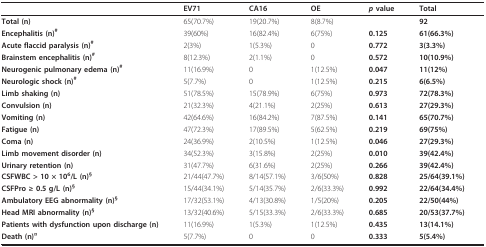
<table><thead><tr><td>[EMPTY_CELL]</td><td><b>EV71</b></td><td><b>CA16</b></td><td><b>OE</b></td><td><b><i>p </i>value</b></td><td><b>Total</b></td></tr></thead><tbody><tr><td><b>Total (n)</b></td><td>65(70.7%)</td><td>19(20.7%)</td><td>8(8.7%)</td><td>[EMPTY_CELL]</td><td><b>92</b></td></tr><tr><td><b>Encephalitis (n)<sup>#</sup></b></td><td>39(60%)</td><td>16(82.4%)</td><td>6(75%)</td><td><b>0.125</b></td><td><b>61(66.3%)</b></td></tr><tr><td><b>Acute flaccid paralysis (n)<sup>#</sup></b></td><td>2(3%)</td><td>1(5.3%)</td><td>0</td><td><b>0.772</b></td><td><b>3(3.3%)</b></td></tr><tr><td><b>Brainstem encephalitis (n)<sup>#</sup></b></td><td>8(12.3%)</td><td>2(1.1%)</td><td>0</td><td><b>0.572</b></td><td><b>10(10.9%)</b></td></tr><tr><td><b>Neurogenic pulmonary edema (n)<sup>#</sup></b></td><td>11(16.9%)</td><td>0</td><td>1(12.5%)</td><td><b>0.047</b></td><td><b>11(12%)</b></td></tr><tr><td><b>Neurologic shock (n)<sup>#</sup></b></td><td>5(7.7%)</td><td>0</td><td>1(12.5%)</td><td><b>0.215</b></td><td><b>6(6.5%)</b></td></tr><tr><td><b>Limb shaking (n)</b></td><td>51(78.5%)</td><td>15(78.9%)</td><td>6(75%)</td><td><b>0.973</b></td><td><b>72(78.3%)</b></td></tr><tr><td><b>Convulsion (n)</b></td><td>21(32.3%)</td><td>4(21.1%)</td><td>2(25%)</td><td><b>0.613</b></td><td><b>27(29.3%)</b></td></tr><tr><td><b>Vomiting (n)</b></td><td>42(64.6%)</td><td>16(84.2%)</td><td>7(87.5%)</td><td><b>0.141</b></td><td><b>65(70.7%)</b></td></tr><tr><td><b>Fatigue (n)</b></td><td>47(72.3%)</td><td>17(89.5%)</td><td>5(62.5%)</td><td><b>0.219</b></td><td><b>69(75%)</b></td></tr><tr><td><b>Coma (n)</b></td><td>24(36.9%)</td><td>2(10.5%)</td><td>1(12.5%)</td><td><b>0.046</b></td><td><b>27(29.3%)</b></td></tr><tr><td><b>Limb movement disorder (n)</b></td><td>34(52.3%)</td><td>3(15.8%)</td><td>2(25%)</td><td><b>0.010</b></td><td><b>39(42.4%)</b></td></tr><tr><td><b>Urinary retention (n)</b></td><td>31(47.7%)</td><td>6(31.6%)</td><td>2(25%)</td><td><b>0.266</b></td><td><b>39(42.4%)</b></td></tr><tr><td><b>CSFWBC &gt; 10 × 10<sup>6</sup>/L (n)<sup>§</sup></b></td><td>21/44(47.7%)</td><td>8/14(57.1%)</td><td>3/6(50%)</td><td><b>0.828</b></td><td><b>25/64(39.1%)</b></td></tr><tr><td><b>CSFPro ≥ 0.5 g/L (n)<sup>§</sup></b></td><td>15/44(34.1%)</td><td>5/14(35.7%)</td><td>2/6(33.3%)</td><td><b>0.992</b></td><td><b>22/64(34.4%)</b></td></tr><tr><td><b>Ambulatory EEG abnormality (n)<sup>§</sup></b></td><td>17/32(53.1%)</td><td>4/13(30.8%)</td><td>1/5(20%)</td><td><b>0.205</b></td><td><b>22/50(44%)</b></td></tr><tr><td><b>Head MRI abnormality (n)<sup>§</sup></b></td><td>13/32(40.6%)</td><td>5/15(33.3%)</td><td>2/6(33.3%)</td><td><b>0.685</b></td><td><b>20/53(37.7%)</b></td></tr><tr><td><b>Patients with dysfunction upon discharge (n)</b></td><td>11(16.9%)</td><td>1(5.3%)</td><td>1(12.5%)</td><td><b>0.435</b></td><td><b>13(14.1%)</b></td></tr><tr><td><b>Death (n)<sup>¤</sup></b></td><td>5(7.7%)</td><td>0</td><td>0</td><td><b>0.333</b></td><td><b>5(5.4%)</b></td></tr></tbody></table>